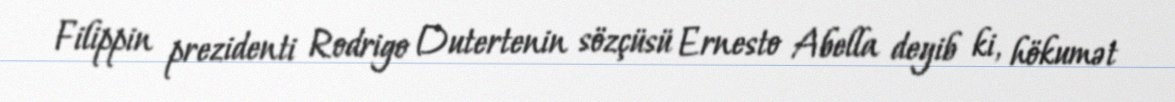
Filippin prezidenti Rodrigo Dutertenin sözçüsü Ernesto Abella deyib ki, hökumət